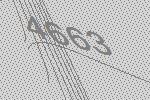
4663